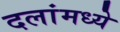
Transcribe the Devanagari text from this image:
दलांमध्ये